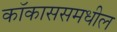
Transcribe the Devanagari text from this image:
कॉकाससमधील